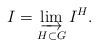
LaTeX: \begin{align*}I = \varinjlim_{H \subset G} I^H.\end{align*}